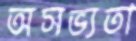
অসভ্যতা